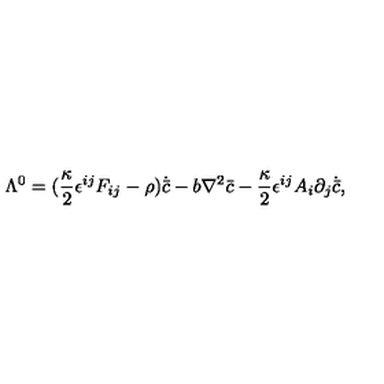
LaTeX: \Lambda ^ { 0 } = ( \frac { \kappa } { 2 } \epsilon ^ { i j } F _ { i j } - \rho ) \dot { { \bar { c } } } - b \nabla ^ { 2 } { \bar { c } } - \frac { \kappa } { 2 } \epsilon ^ { i j } A _ { i } \partial _ { j } \dot { { \bar { c } } } ,